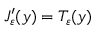
J _ { \varepsilon } ^ { \prime } ( y ) = T _ { \varepsilon } ( y )